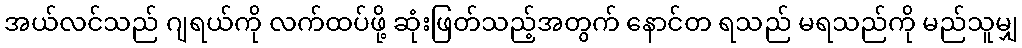
အယ်လင်သည် ဂျရယ်ကို လက်ထပ်ဖို့ ဆုံးဖြတ်သည့်အတွက် နောင်တ ရသည် မရသည်ကို မည်သူမျှ